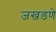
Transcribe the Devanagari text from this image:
जखडणे